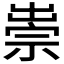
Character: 𥚢